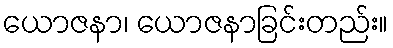
ယောဇနာ၊ ယောဇနာခြင်းတည်း။